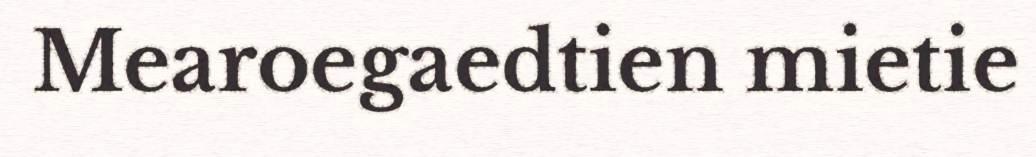
Mearoegaedtien mietie